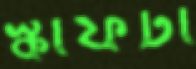
স্কার্ফটা